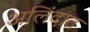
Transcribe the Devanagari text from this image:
अलिंदात